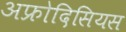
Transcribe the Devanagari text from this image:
अफ्रोदिसियस